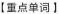
【重点单词】